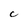
Character: C